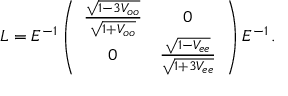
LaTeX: L = E ^ { - 1 } \left( \begin{array} { c c } { { \frac { \sqrt { 1 - 3 V _ { o o } } } { \sqrt { 1 + V _ { o o } } } } } & { { 0 } } \\ { { 0 } } & { { \frac { \sqrt { 1 - V _ { e e } } } { \sqrt { 1 + 3 V _ { e e } } } } } \end{array} \right) E ^ { - 1 } \, .